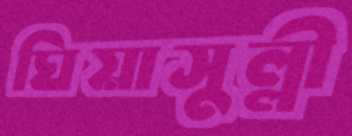
ঘিয়াসুল্লী